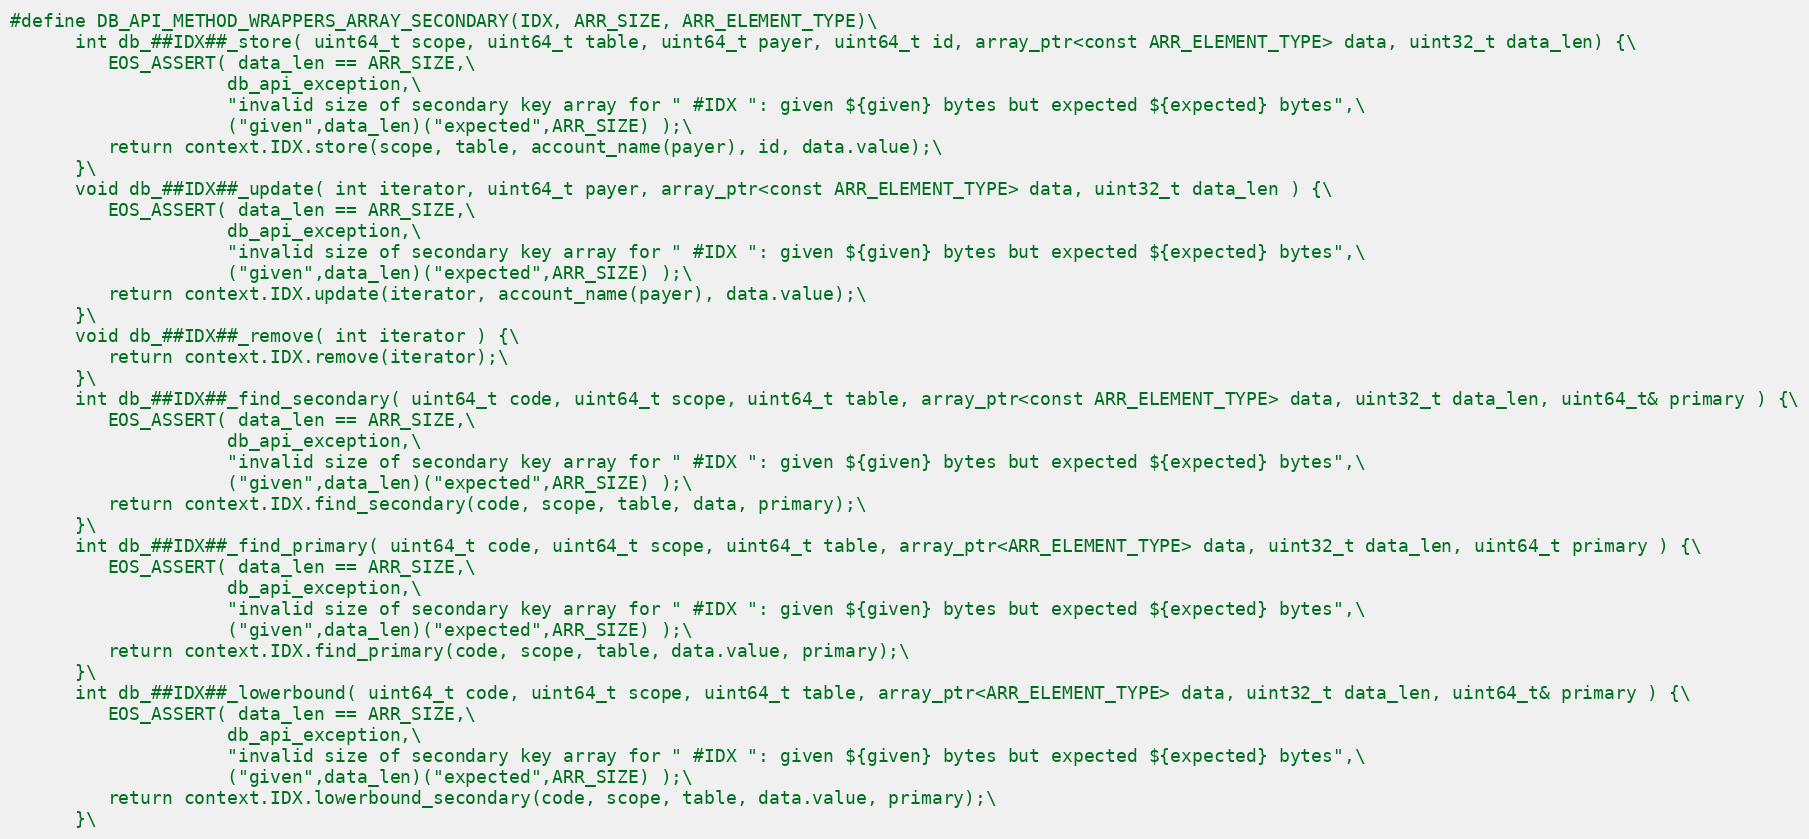
Language: C++
#define DB_API_METHOD_WRAPPERS_ARRAY_SECONDARY(IDX, ARR_SIZE, ARR_ELEMENT_TYPE)\
      int db_##IDX##_store( uint64_t scope, uint64_t table, uint64_t payer, uint64_t id, array_ptr<const ARR_ELEMENT_TYPE> data, uint32_t data_len) {\
         EOS_ASSERT( data_len == ARR_SIZE,\
                    db_api_exception,\
                    "invalid size of secondary key array for " #IDX ": given ${given} bytes but expected ${expected} bytes",\
                    ("given",data_len)("expected",ARR_SIZE) );\
         return context.IDX.store(scope, table, account_name(payer), id, data.value);\
      }\
      void db_##IDX##_update( int iterator, uint64_t payer, array_ptr<const ARR_ELEMENT_TYPE> data, uint32_t data_len ) {\
         EOS_ASSERT( data_len == ARR_SIZE,\
                    db_api_exception,\
                    "invalid size of secondary key array for " #IDX ": given ${given} bytes but expected ${expected} bytes",\
                    ("given",data_len)("expected",ARR_SIZE) );\
         return context.IDX.update(iterator, account_name(payer), data.value);\
      }\
      void db_##IDX##_remove( int iterator ) {\
         return context.IDX.remove(iterator);\
      }\
      int db_##IDX##_find_secondary( uint64_t code, uint64_t scope, uint64_t table, array_ptr<const ARR_ELEMENT_TYPE> data, uint32_t data_len, uint64_t& primary ) {\
         EOS_ASSERT( data_len == ARR_SIZE,\
                    db_api_exception,\
                    "invalid size of secondary key array for " #IDX ": given ${given} bytes but expected ${expected} bytes",\
                    ("given",data_len)("expected",ARR_SIZE) );\
         return context.IDX.find_secondary(code, scope, table, data, primary);\
      }\
      int db_##IDX##_find_primary( uint64_t code, uint64_t scope, uint64_t table, array_ptr<ARR_ELEMENT_TYPE> data, uint32_t data_len, uint64_t primary ) {\
         EOS_ASSERT( data_len == ARR_SIZE,\
                    db_api_exception,\
                    "invalid size of secondary key array for " #IDX ": given ${given} bytes but expected ${expected} bytes",\
                    ("given",data_len)("expected",ARR_SIZE) );\
         return context.IDX.find_primary(code, scope, table, data.value, primary);\
      }\
      int db_##IDX##_lowerbound( uint64_t code, uint64_t scope, uint64_t table, array_ptr<ARR_ELEMENT_TYPE> data, uint32_t data_len, uint64_t& primary ) {\
         EOS_ASSERT( data_len == ARR_SIZE,\
                    db_api_exception,\
                    "invalid size of secondary key array for " #IDX ": given ${given} bytes but expected ${expected} bytes",\
                    ("given",data_len)("expected",ARR_SIZE) );\
         return context.IDX.lowerbound_secondary(code, scope, table, data.value, primary);\
      }\